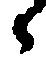
々